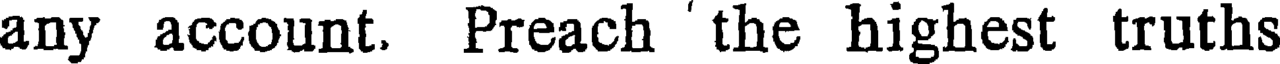
any account. Preach 'the highest truths